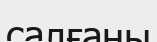
салғаны